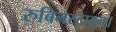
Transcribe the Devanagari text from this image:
रुबिनस्टाइन।